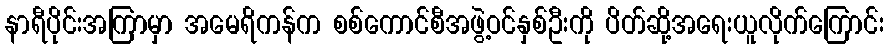
နာရီပိုင်းအကြာမှာ အမေရိကန်က စစ်ကောင်စီအဖွဲ့ဝင်နှစ်ဦးကို ပိတ်ဆို့အရေးယူလိုက်ကြောင်း